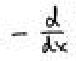
\(-\frac{d}{dx}\)